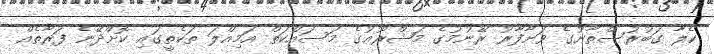
ކެލާ ގަބުރުސްތާނުގެ ވަށާފާރު ރޭނުމުގެ މަޝްރޫޢުގެ މަސައްކަތް އަމިއްލަ ތަކެތީގައި ކޮށްދޭނެ ފަރާތެއް